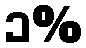
၁%